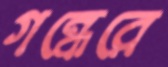
গন্ধেরে